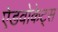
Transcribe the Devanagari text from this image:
ऐडवोकेट्स